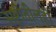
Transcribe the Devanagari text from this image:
सृष्टीतीलही